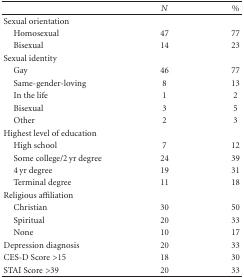
<table><thead><tr><td></td><td><b><i>N</i></b></td><td><b>%</b></td></tr></thead><tbody><tr><td>Sexual orientation</td><td></td><td></td></tr><tr><td> Homosexual</td><td>47</td><td>77</td></tr><tr><td> Bisexual</td><td>14</td><td>23</td></tr><tr><td>Sexual identity</td><td></td><td></td></tr><tr><td> Gay</td><td>46</td><td>77</td></tr><tr><td> Same-gender-loving</td><td>8</td><td>13</td></tr><tr><td> In the life</td><td>1</td><td>2</td></tr><tr><td> Bisexual</td><td>3</td><td>5</td></tr><tr><td> Other</td><td>2</td><td>3</td></tr><tr><td>Highest level of education</td><td></td><td></td></tr><tr><td> High school</td><td>7</td><td>12</td></tr><tr><td> Some college/2 yr degree</td><td>24</td><td>39</td></tr><tr><td> 4 yr degree</td><td>19</td><td>31</td></tr><tr><td> Terminal degree</td><td>11</td><td>18</td></tr><tr><td>Religious affiliation</td><td></td><td></td></tr><tr><td> Christian</td><td>30</td><td>50</td></tr><tr><td> Spiritual</td><td>20</td><td>33</td></tr><tr><td> None</td><td>10</td><td>17</td></tr><tr><td>Depression diagnosis</td><td>20</td><td>33</td></tr><tr><td>CES-D Score &gt;15</td><td>18</td><td>30</td></tr><tr><td>STAI Score &gt;39</td><td>20</td><td>33</td></tr></tbody></table>